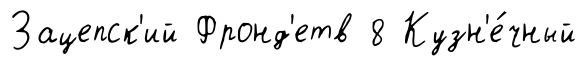
Зацепск'ий Фронд'етв 8 Кузн'е́чный